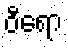
ဝီရော